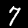
Digit: 7